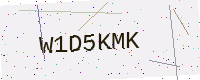
Text: W1D5KMK